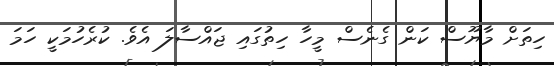
ހިތަށް މާޔޫސް ކަން ގެނެސް މީހާ ހިތުގައި ޖައްސާލަ އެވެ. ކުރެހުމަކީ ހަމަ